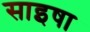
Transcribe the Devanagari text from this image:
साइषा